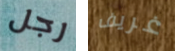
رجل غريف